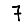
Digit: 7